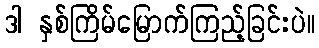
ဒါ နှစ်ကြိမ်မြောက်ကြည့်ခြင်းပဲ။